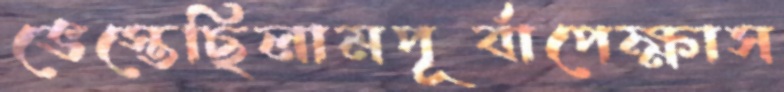
ভেস্তেছিলামপূর্বাপেক্ষাস